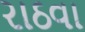
રાઠવા